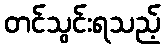
တင်သွင်းရသည့်